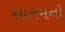
સાતમનો